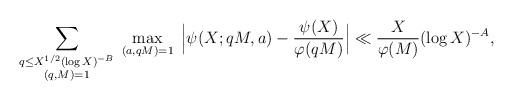
LaTeX: \begin{align*}\sum_{\substack{q\leq X^{1/2}(\log X)^{-B}\\(q,M)=1}}\;\max_{(a,qM)=1}\;\Big\lvert\psi(X;qM,a) - \frac{\psi(X)}{\varphi(qM)}\Big\rvert\ll\frac{X}{\varphi(M)}(\log X)^{-A},\end{align*}